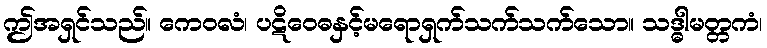
ဤအရှင်သည်။ ကေဝလံ၊ ပဋိဝေဓနှင့်မရောရှက်သက်သက်သော။ သဒ္ဓါမတ္တကံ၊